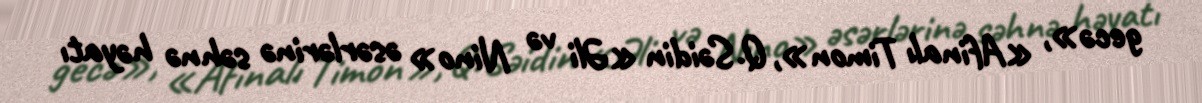
gecə», «Afinalı Timon», Q.Səidin «Əli və Nino» əsərlərinə səhnə həyatı